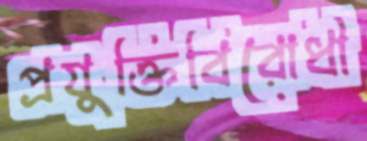
প্রযুক্তিবিরোধী